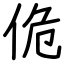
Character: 佹